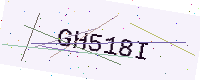
Text: GH518I